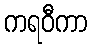
ကရဝီကာ